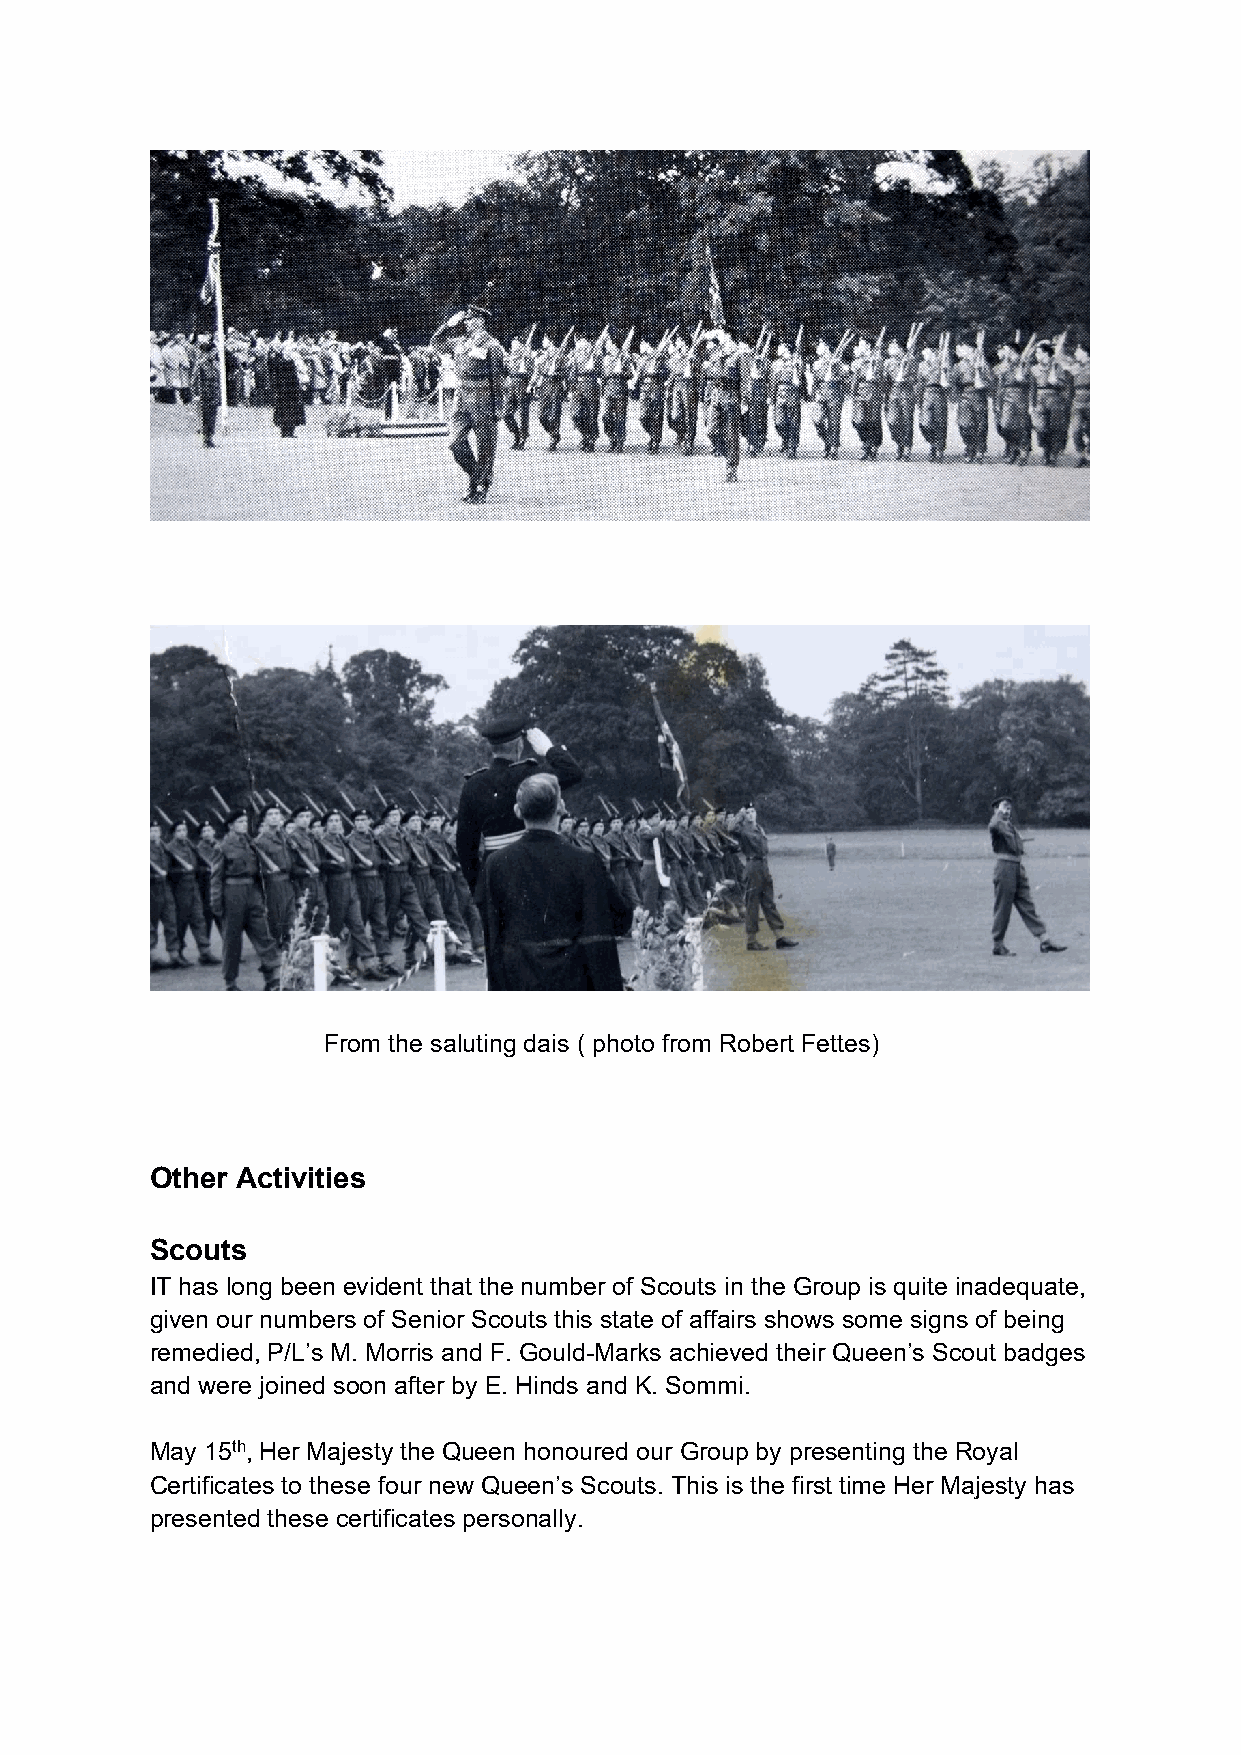
From the saluting dais ( photo from Robert Fettes)
 Other Activities
 Scouts
 IT has long been evident that the number of Scouts in the Group is quite inadequate,
 given our numbers of Senior Scouts this state of affairs shows some signs of being
 remedied, P/L’s M. Morris and F. Gould-Marks achieved their Queen’s Scout badges
 and were joined soon after by E. Hinds and K. Sommi.
 May 15th, Her Majesty the Queen honoured our Group by presenting the Royal
 Certificates to these four new Queen’s Scouts. This is the first time Her Majesty has
 presented these certificates personally.